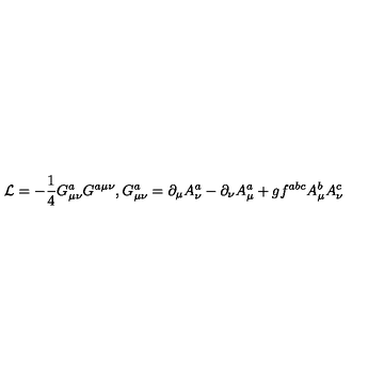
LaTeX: { \cal L } = - \frac { 1 } { 4 } G _ { \mu \nu } ^ { a } G ^ { a \mu \nu } , G _ { \mu \nu } ^ { a } = \partial _ { \mu } A _ { \nu } ^ { a } - \partial _ { \nu } A _ { \mu } ^ { a } + g f ^ { a b c } A _ { \mu } ^ { b } A _ { \nu } ^ { c }